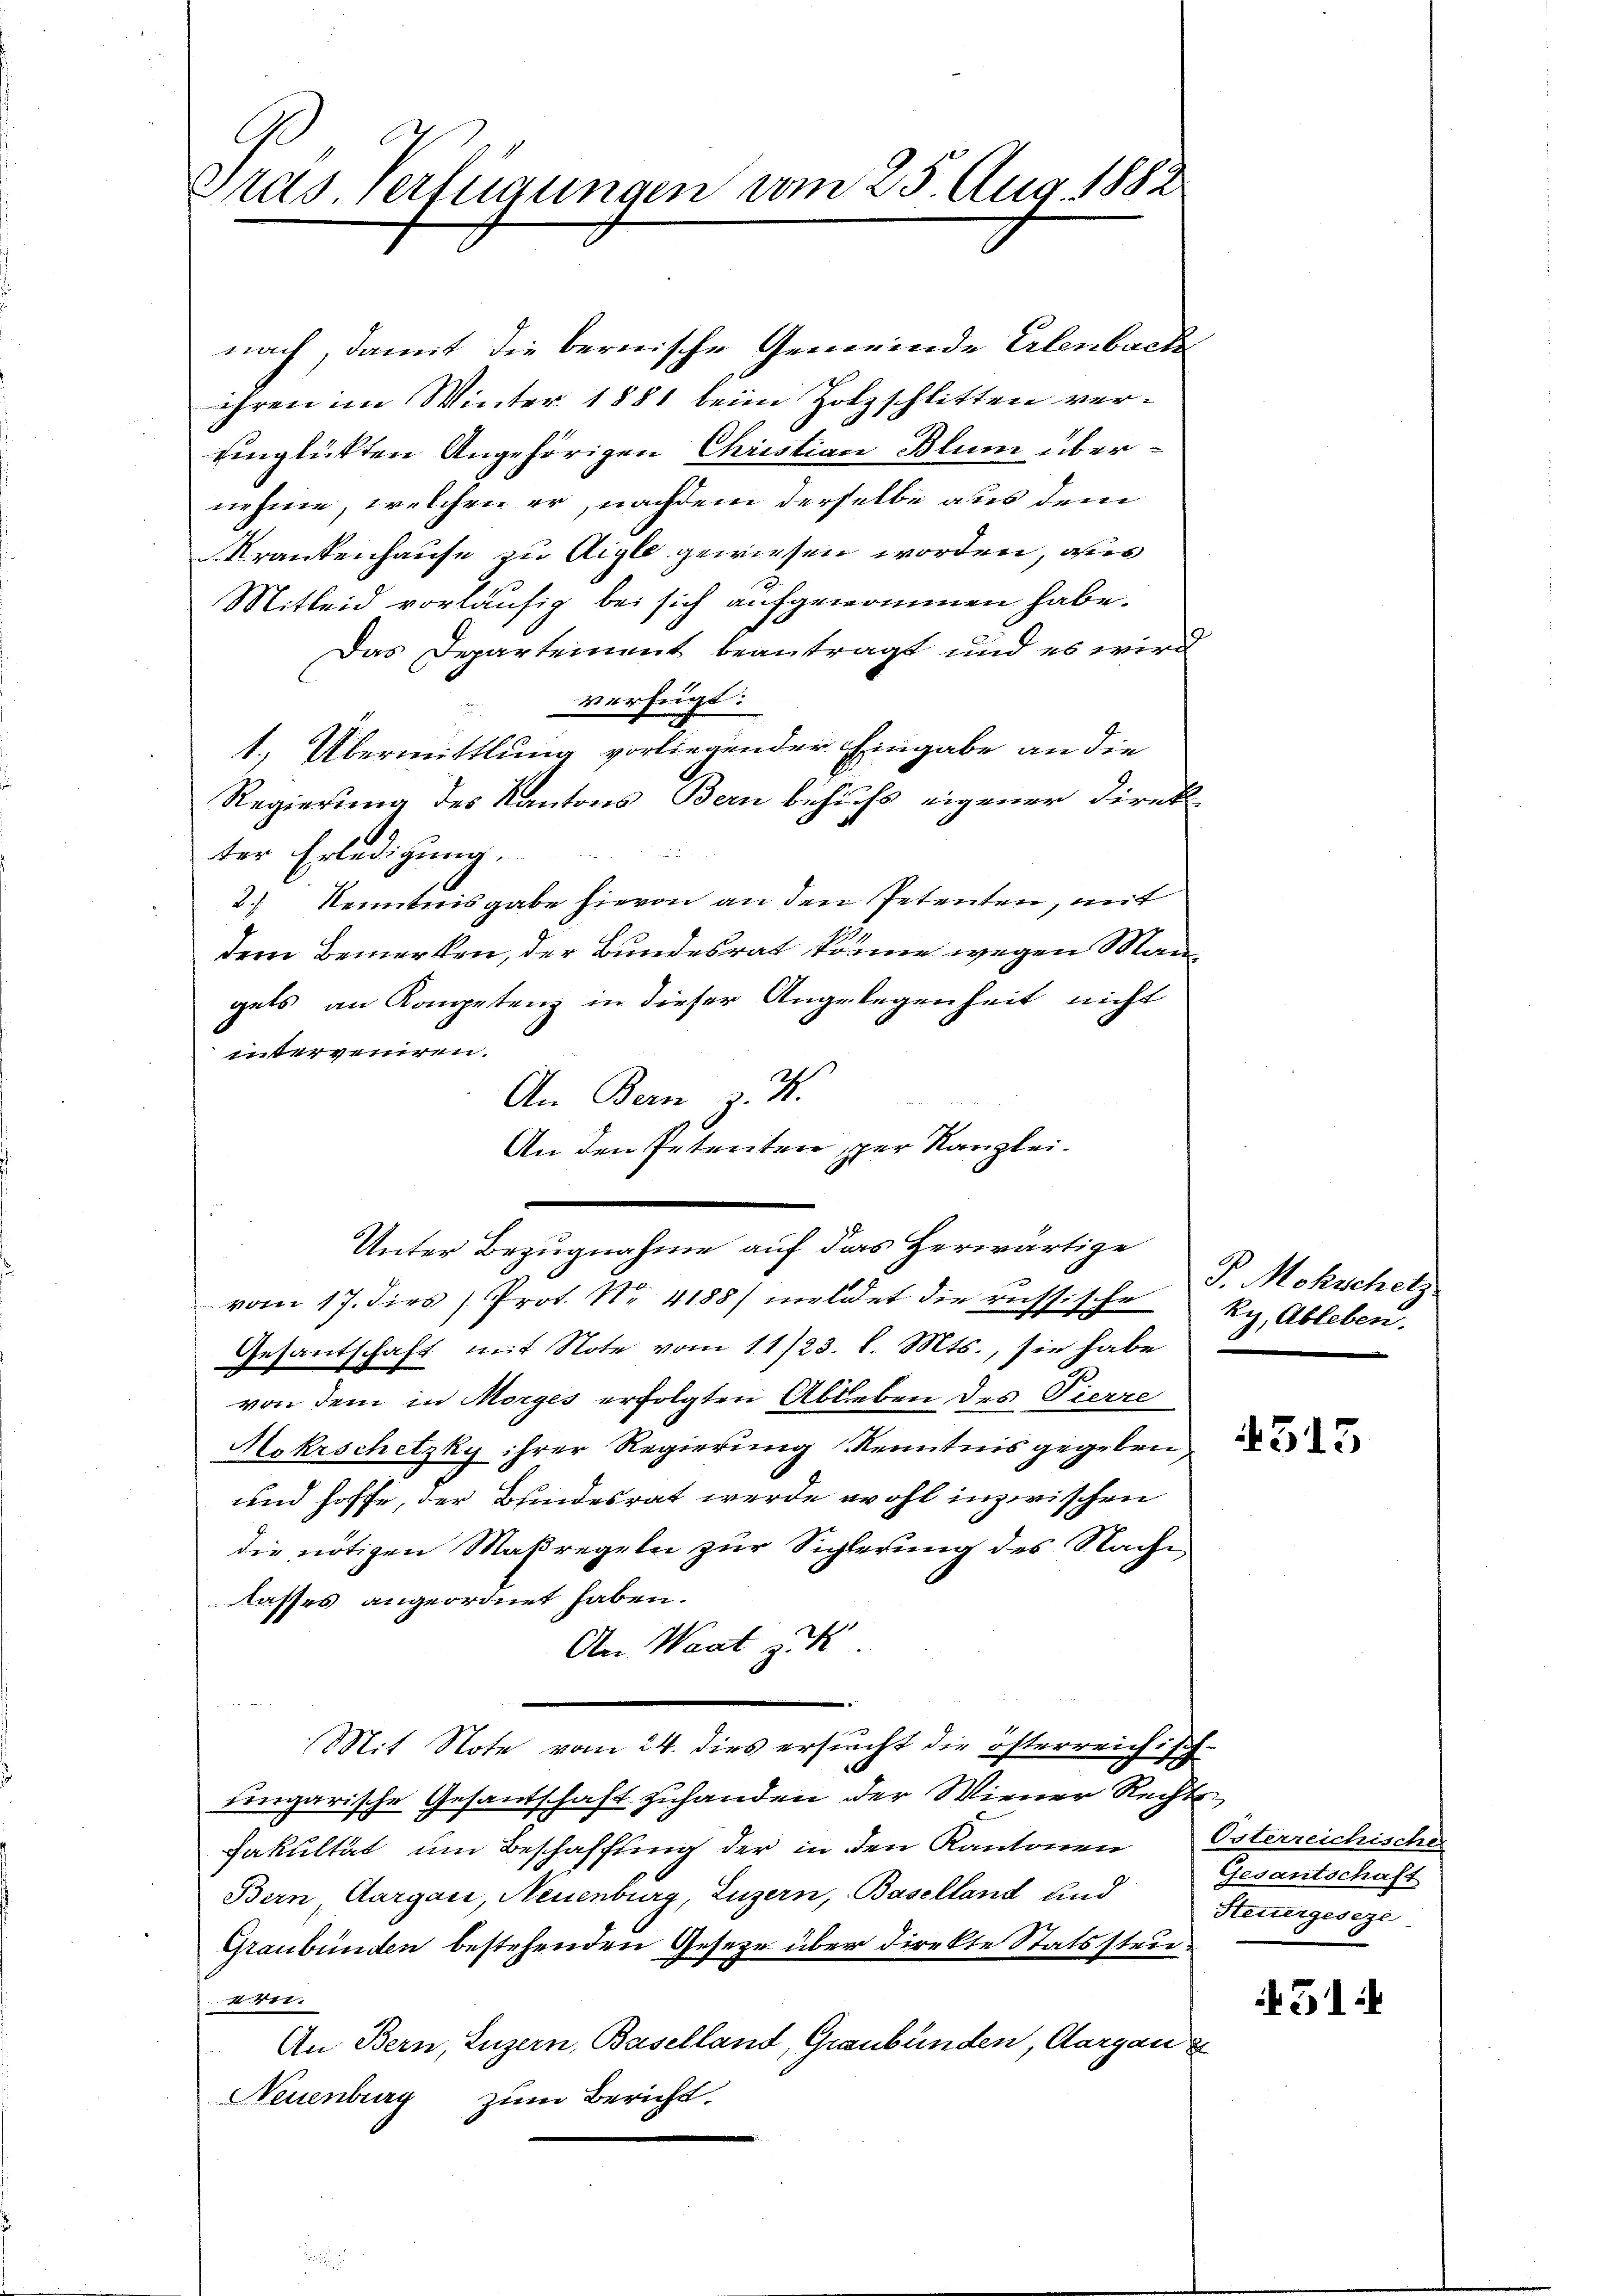
C
Gras. Verfügungen vom 25. Aug. 1882.

nach, damit die bernische Gemeinde Erlenbach
ihren im Winter 1881 beim Holzschlitten vereinglükten Angehörigen Christian Blum übernehme, welchen er, nachdem derselbe aus dem
Krankenhause zu Aigle gewiesen worden, aus
Mitleid vorläufig bei sich aufgenommen habe.
Das Departement beantragt und es wird
verfügt:
1.) Übermittlung vorliegender Eingabe an die
Regierung des Kantons Bern behufs eigener Direkter Erledigung.
2.) Kenntnisgabe hievon an den Petenten, mit
dem Bemerken, der Bundesrat könne wegen Man
gets an Kompetenz in dieser Angelegenheit nicht
interveniren.
An Bern z. B.
An den Petenten per Kanzleivom 17. dies Prot. Nr. 4188/ meldet die russische Ry, Ableben,
Gesantschaft mit Note vom 11/23. l. Mts., sie habe
von dem in Morges erfolgten Ableben des Pierre
Mokrschetzky ihrer Regierung Kenntnis gegeben,
und hoffe, der Bundesrat werde wohl inzwischen
die nötigen Maßregeln zur Siglerung des Nachlasses angeordnet haben.
An Waat zu
L
(Mit Note vom 24. dies ersucht die österreichisch¬
Eingarische Gesantschaft zuhanden der Wiener Recht
Fakultät um Beschaffung der in den Kantonen Osterreichische
Bern, Aargau, Neuenburg, Luzern, Baselland und
Graubünden bestehenden Gesetze über direkte Statssteu¬
416.
An Bern, Luzern, Baselland, Graubünden, Aargau z
Neuenburg zum Bericht.

Unter Bezugnahme auf das herwärtige

P. Mohschetz

515

Gesantschaft
Steuergeseze

51